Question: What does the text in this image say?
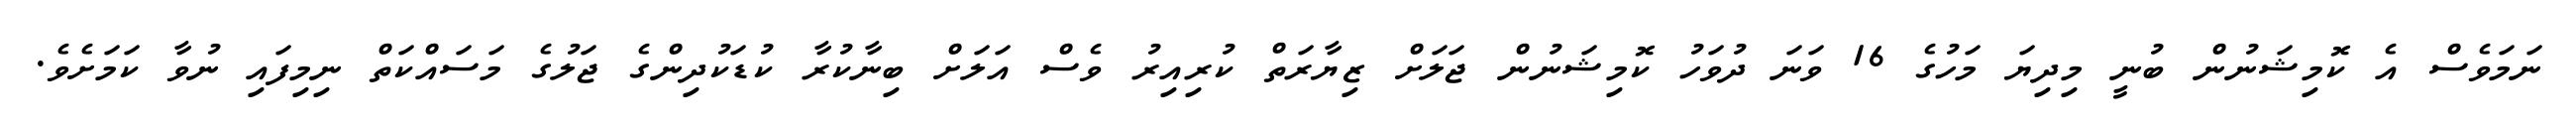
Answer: ނަމަވެސް އެ ކޮމިޝަނުން ބުނީ މިދިޔަ މަހުގެ 16 ވަނަ ދުވަހު ކޮމިޝަނުން ޖަލަށް ޒިޔާރަތް ކުރިއިރު ވެސް އަލަށް ބިނާކުރާ ކުޑަކުދިންގެ ޖަލުގެ މަސައްކަތް ނިމިފައި ނުވާ ކަމަށެވެ.